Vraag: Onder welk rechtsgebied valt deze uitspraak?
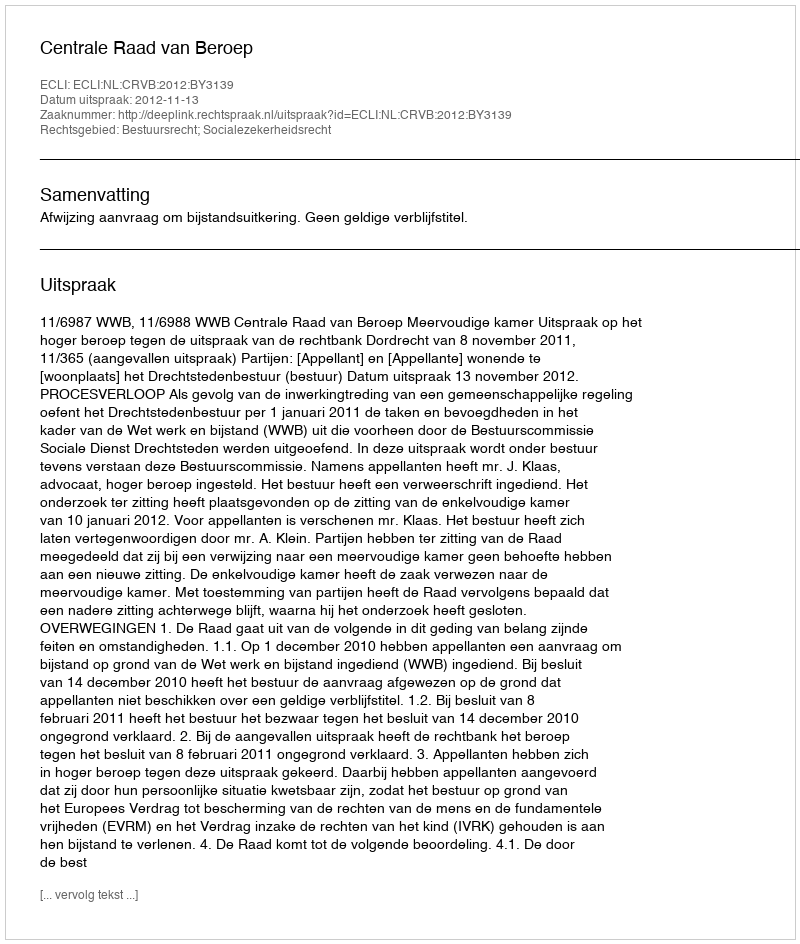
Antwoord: Bestuursrecht; Socialezekerheidsrecht